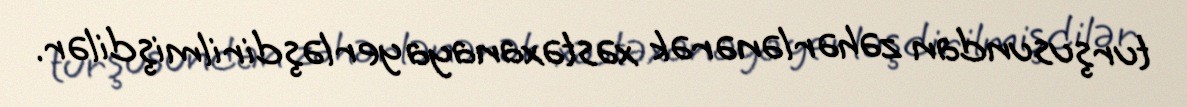
turşusundan zəhərlənərək xəstəxanaya yerləşdirilmişdilər.